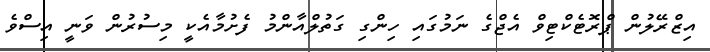
އިޒްރޭލުން ޕްރޮޓެކްޓިވް އެޖްގެ ނަމުގައި ހިންގި ގަތުލްއާންމު ފެށުމާއެކީ މިސުރުން ވަނީ އިސްވެ